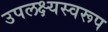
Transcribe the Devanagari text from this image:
उपलक्ष्यस्वरूप